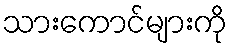
သားကောင်များကို